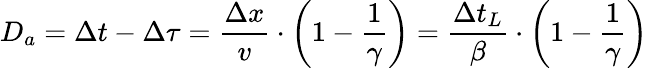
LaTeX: D_{a}=\Delta t-\Delta\tau=\frac{\Delta x}{v}\cdot\left(1-\frac{1}{\gamma}\right)=\frac{\Delta t_{L}}{\beta}\cdot\left(1-\frac{1}{\gamma}\right)